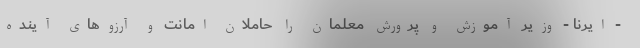
- ایرنا - وزیر آموزش و پرورش معلمان را حاملان امانت و آرزوهای آینده